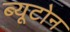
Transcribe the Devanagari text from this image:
ब्यूटोन